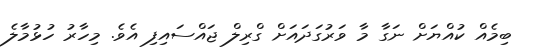
ބިމެއް ކުއްޔަށް ނަގާ މާ ވަރުގަދައަށް ގްރިލް ޖައްސައިފި އެވެ. މިހާރު ހުޅުމާލެ